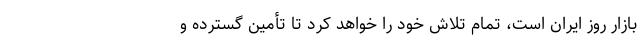
بازار روز ایران است، تمام تلاش خود را خواهد کرد تا تأمین گسترده و